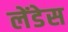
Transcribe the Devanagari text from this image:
लेंडेस